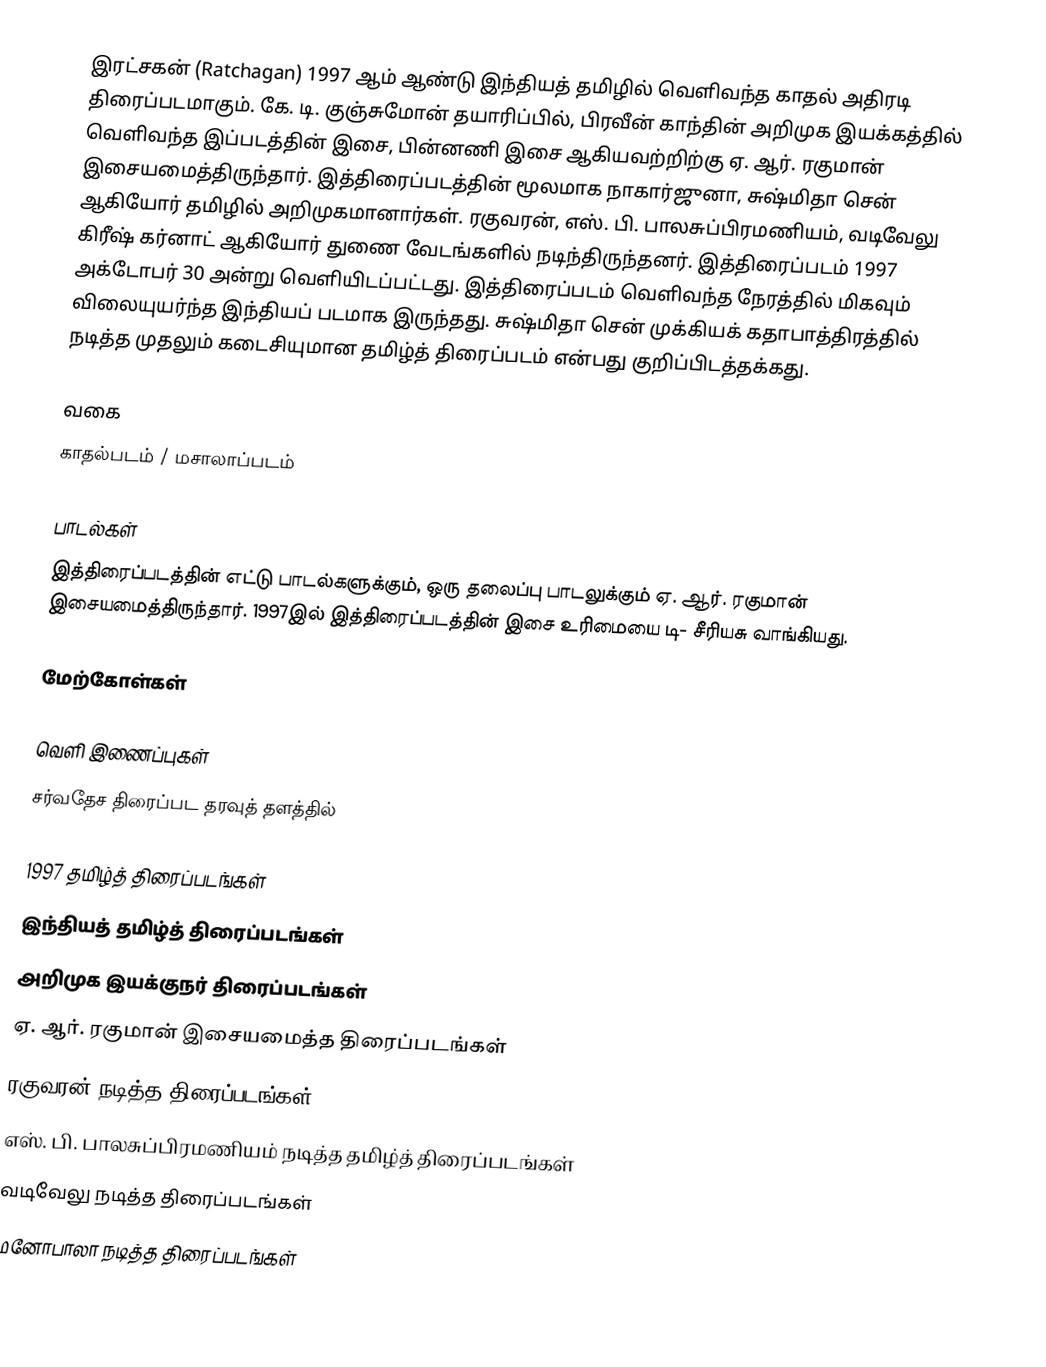
இரட்சகன் (Ratchagan) 1997 ஆம் ஆண்டு இந்தியத் தமிழில் வெளிவந்த காதல் அதிரடி திரைப்படமாகும். கே. டி. குஞ்சுமோன் தயாரிப்பில், பிரவீன் காந்தின் அறிமுக இயக்கத்தில் வெளிவந்த இப்படத்தின் இசை, பின்னணி இசை ஆகியவற்றிற்கு ஏ. ஆர். ரகுமான் இசையமைத்திருந்தார். இத்திரைப்படத்தின் மூலமாக நாகார்ஜுனா, சுஷ்மிதா சென் ஆகியோர் தமிழில் அறிமுகமானார்கள். ரகுவரன், எஸ். பி. பாலசுப்பிரமணியம், வடிவேலு கிரீஷ் கர்னாட் ஆகியோர் துணை வேடங்களில் நடிந்திருந்தனர். இத்திரைப்படம் 1997 அக்டோபர் 30 அன்று வெளியிடப்பட்டது. இத்திரைப்படம் வெளிவந்த நேரத்தில் மிகவும் விலையுயர்ந்த இந்தியப் படமாக இருந்தது. சுஷ்மிதா சென் முக்கியக் கதாபாத்திரத்தில் நடித்த முதலும் கடைசியுமான தமிழ்த் திரைப்படம் என்பது குறிப்பிடத்தக்கது.

வகை
காதல்படம் / மசாலாப்படம்

பாடல்கள்
இத்திரைப்படத்தின் எட்டு பாடல்களுக்கும், ஒரு தலைப்பு பாடலுக்கும் ஏ. ஆர். ரகுமான் இசையமைத்திருந்தார். 1997இல் இத்திரைப்படத்தின் இசை உரிமையை டி- சீரியசு வாங்கியது.

மேற்கோள்கள்

வெளி இணைப்புகள்
சர்வதேச திரைப்பட தரவுத் தளத்தில்

1997 தமிழ்த் திரைப்படங்கள்
இந்தியத் தமிழ்த் திரைப்படங்கள்
அறிமுக இயக்குநர் திரைப்படங்கள்
ஏ. ஆர். ரகுமான் இசையமைத்த திரைப்படங்கள்
ரகுவரன் நடித்த திரைப்படங்கள்
எஸ். பி. பாலசுப்பிரமணியம் நடித்த தமிழ்த் திரைப்படங்கள்
வடிவேலு நடித்த திரைப்படங்கள்
மனோபாலா நடித்த திரைப்படங்கள்